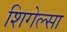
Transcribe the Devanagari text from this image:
शिगेल्सा